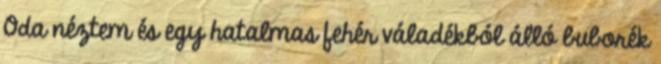
Oda néztem és egy hatalmas fehér váladékból álló buborék